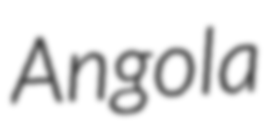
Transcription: Angola